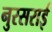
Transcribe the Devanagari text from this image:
नुरसराई